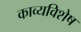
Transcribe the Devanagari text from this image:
काव्यविशेष